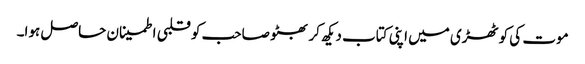
موت کی کوٹھڑی میں اپنی کتاب دیکھ کر بھٹو صاحب کو قلبی اطمینان حاصل ہوا۔